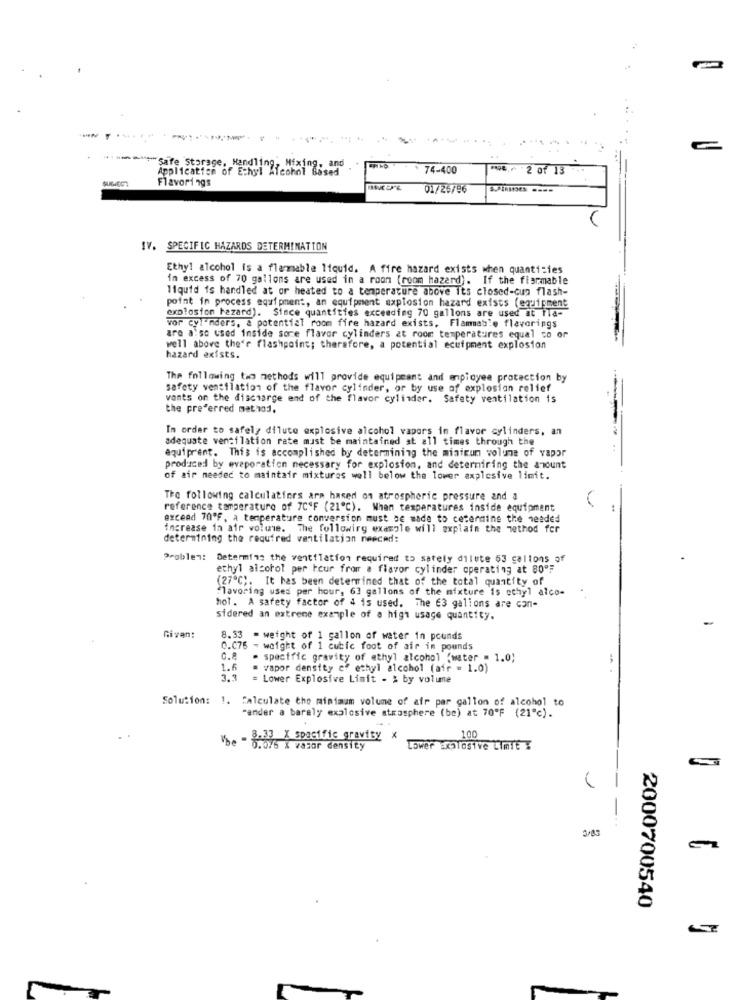
"A"Safe Storage, Handling, Mixing, a
Application of Ethyl Alcohol Bisad
74-400
2 of 13 .
Flavorings
01/26/96
IV. SPECIFIC HAZARDS DETERMINATION
Ethyl alcohol is a flammable liquid. A fire hazard exists when quantities
in excess of 70 gallons are used in a room (room hazard). If the fiarmable
liquid is handled at or heated to a temperature above its closed-cup flash-
explosion hezard). Siace quantities exceeding 70 gallons are used at fla-
point in process equipment, an equipment explosion hazard exists (equipment
vor cylinders, a potential room fire hazard exists, Flammable flavorings
are also used inside sore flavor cylinders at room temperatures equal co or
well above the'r flashpoint; therefore, a potential ecuipment explosion
hazard exists.
The following the methods will provide equipeant and employee protection by
safety ventilation of the flavor cylinder, or by use of explosion relief
vonts on the discharge end of the flavor cylinder. Safety ventilation is
the preferred method.
In order to safely dilute explosive alcohol vapors im flavor cylinders, an
adequate ventilation rate must be maintained at all times through the
equiprent. This is accomplished by determining the miatrum wolune of vapor
produced by evaporation necessary for explosion, and determining the amount
of air needed to maintair mixtures well below the lower explosive limit.
The following calculatfors are based on atrospheric pressure and a
reference temperature of 7C'F (21"℃). When temperatures inside equipment
excead 70ºF, a temperature conversion must be made to cetermine the needed
increase in air volume. The following example will explain the method for
determining the required ventilation neeced:
Problem: Determin: the ventilation required to sately dilute 63 gallons of
ethyl alcohol per hour from a flavor cylinder operating at 80ºF
(27℃). It has been determined that of the total quantity of
flavoring used per hour, 63 gallons of the mixture is ethyl alco-
hol. A safety factor of 4 is used. The E3 galions are con-
sidered an extreme example of a high usage quantity.
Given:
8.33 = weight of 1 gallon of water in pounds
C.C76 - weight of 1 cubic foot of air in pounds
C.8 - specific gravity of ethyl alcohol "water = 1.0)
1.6
= vapor density cf ethyl alcohol (air = 1.0)
= Lower Explosive Limit - 2 by volune
Solution: 1. Calculate the minimum volume of air per gallon of alcohol to
"ander a barely explosive strasphere (be) at 70'F (21'℃).
Vbe - 8.8 X specific gravity *
100
Lower Explosive LimTE T
0/83
2000700540